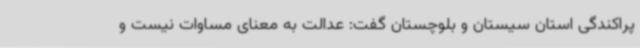
پراکندگی استان سیستان و بلوچستان گفت: عدالت به معنای مساوات نیست و